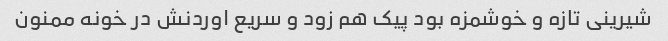
شیرینی تازه و خوشمزه بود پیک هم زود و سریع اوردنش در خونه ممنون